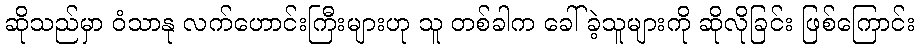
ဆိုသည်မှာ ဝံသာနု လက်ဟောင်းကြီးများဟု သူ တစ်ခါက ခေါ်ခဲ့သူများကို ဆိုလိုခြင်း ဖြစ်ကြောင်း